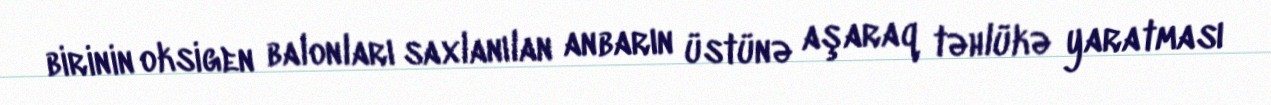
birinin oksigen balonları saxlanılan anbarın üstünə aşaraq təhlükə yaratması